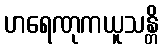
ဟရေဏုကယူသန္တိ